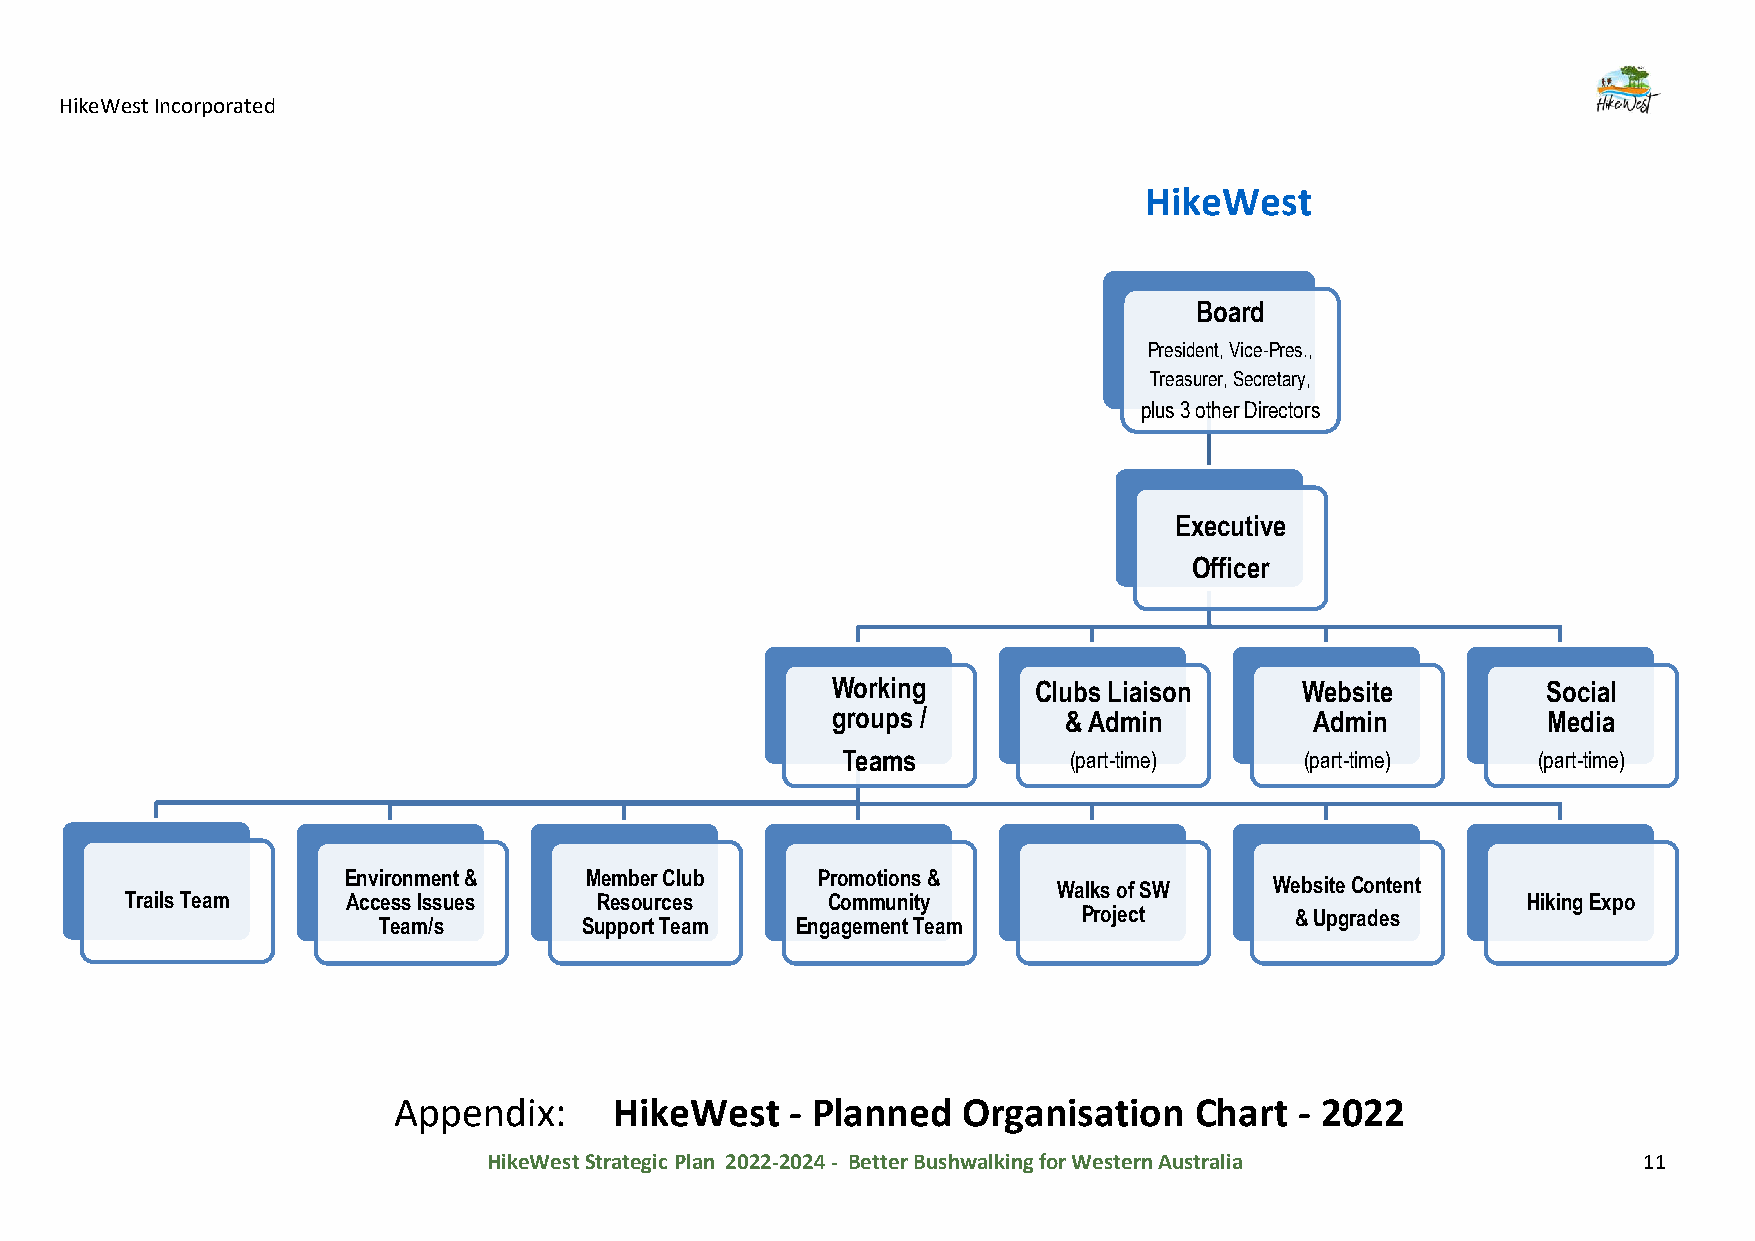
HikeWest Incorporated
 HikeWest
 Board
 President, Vice-Pres.,
 Treasurer, Secretary,
 plus 3 other Directors
 Executive
 Officer
 Working      Clubs Liaison     Website         Social
 groups /       & Admin          Admin          Media
 Teams          (part-time)    (part-time)     (part-time)
 Environment &   Member Club    Promotions &
 Walks of SW   Website Content
 Trails Team    Access Issues    Resources      Community                                     Hiking Expo
 Project       & Upgrades
 Team/s        Support Team  Engagement Team
 Appendix:      HikeWest   - Planned   Organisation   Chart  - 2022
 HikeWest Strategic Plan 2022-2024 - Better Bushwalking for Western Australia 11